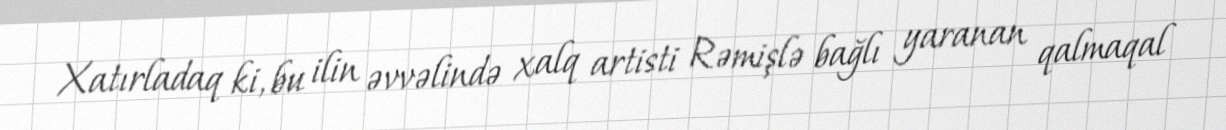
Xatırladaq ki, bu ilin əvvəlində xalq artisti Rəmişlə bağlı yaranan qalmaqal